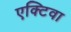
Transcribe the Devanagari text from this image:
एक्टिवा